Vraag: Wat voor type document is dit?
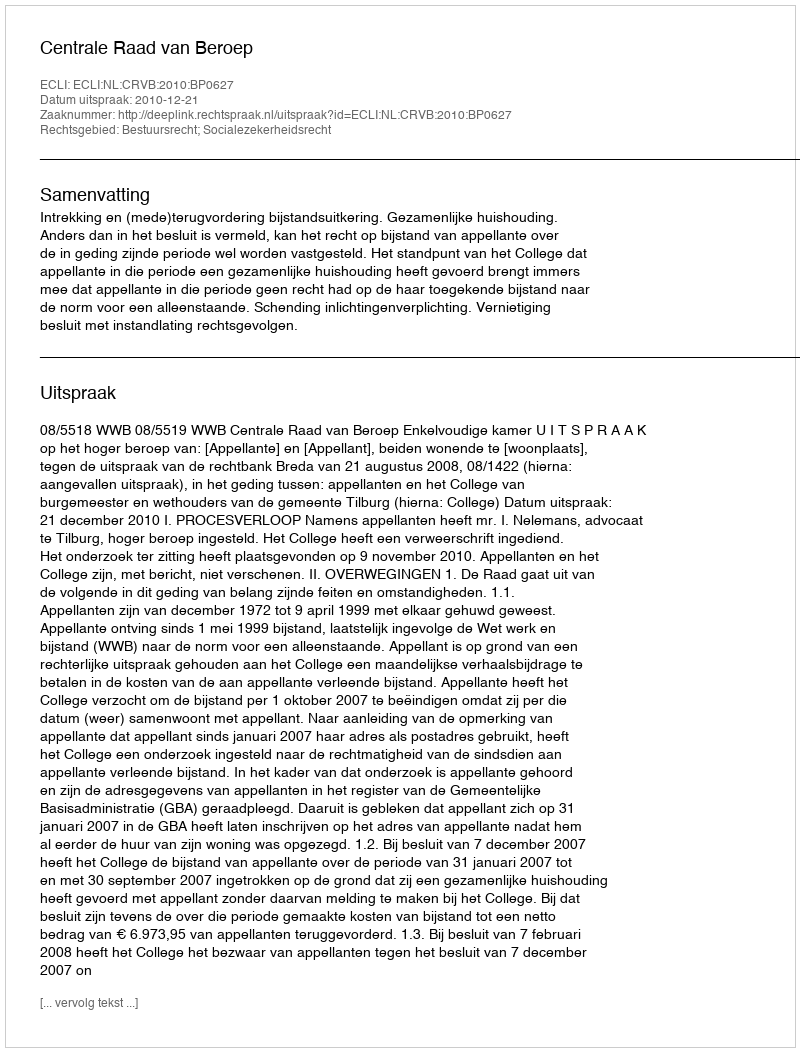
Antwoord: Uitspraak